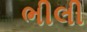
ભીલી